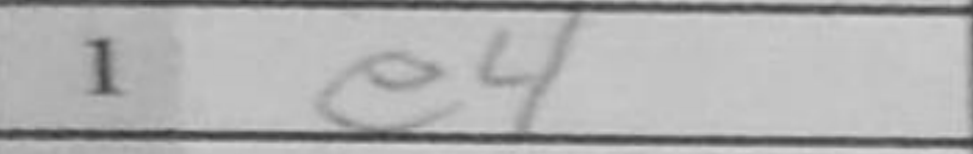
Transcription: e4